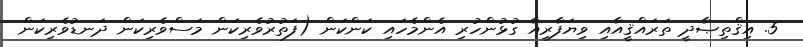
5. އިޤްތިޞާދީ ތަރައްޤީއާއި ވިޔަފާރިއާ ގުޅުންހުރި އެންމެހައި ކަންކަން (ފަތުރުވެރިކަން މަސްވެރިކަން ދަނޑުވެރިކަން